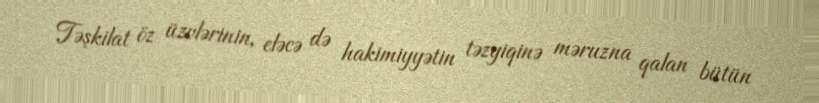
Təşkilat öz üzvlərinin, eləcə də hakimiyyətin təzyiqinə məruzna qalan bütün